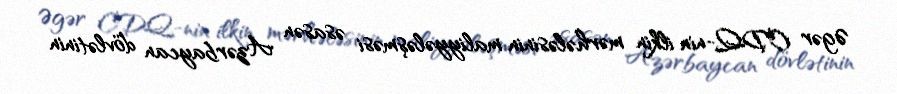
Əgər CDQ-nin ilkin mərhələsinin maliyyələşməsi əsasən Azərbaycan dövlətinin